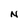
Character: N